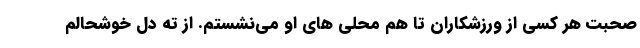
صحبت هر کسی از ورزشکاران تا هم محلی های او می‌نشستم. از ته دل خوشحالم